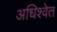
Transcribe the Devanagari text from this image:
अधिश्वेत